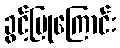
ခွင့်ပြုကြောင်း